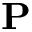
\mathbf { P }